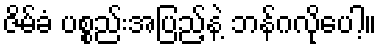
ဇိမ်ခံ ပစ္စည်းအပြည့်နဲ့ ဘန်ဂလိုပေါ့။